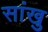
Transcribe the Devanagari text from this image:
सांखु